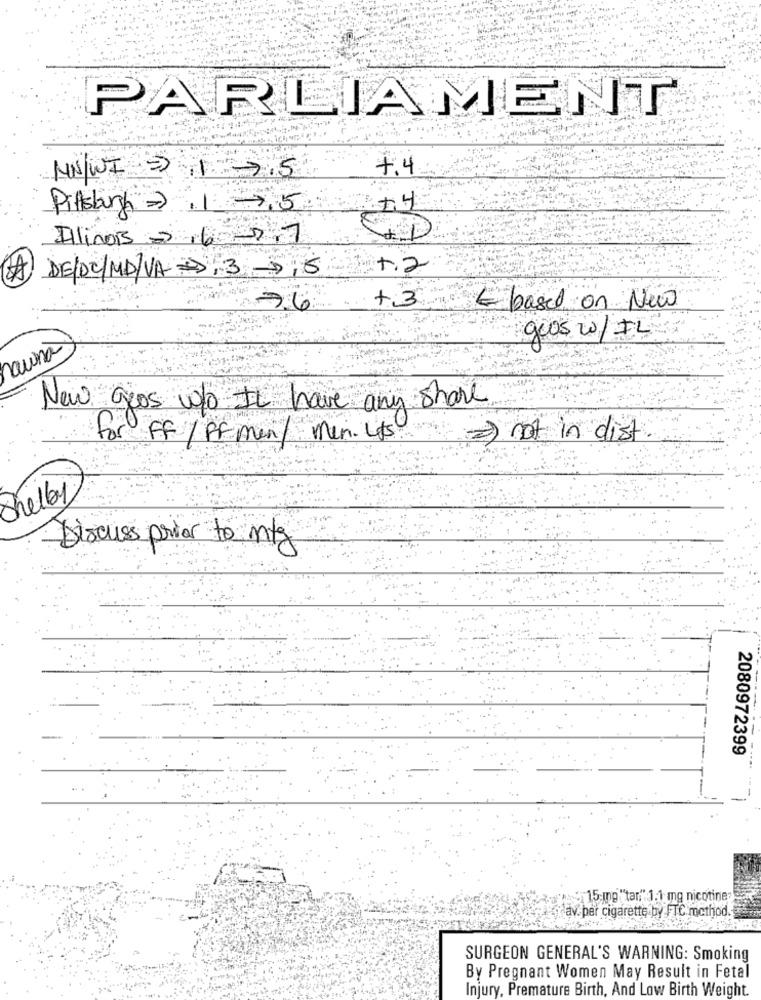
PARLIAMENT
+.4
NNWI = 1 .5
Pitsburg = >
9.5
Illinois > 16 -0 7
1.2
DE/DC/MD/VA 3 ,5
+3
76
E based on New
gros w/IL
auna
New gros wo It have any share
for FF / PF men / Min. Lits
=) not in dist
Shelby
Discuss prior to mtg
2080972399
15:ing"tar" 1.1 mg nicotine:
av. per cigarette by FTC. method.
SURGEON GENERAL'S WARNING: Smoking
By Pregnant Women May Result in Fetal
Injury, Premature Birth, And Low Birth Weight.